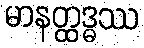
မာနတ္ထဒ္ဓဿ